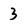
Character: 3